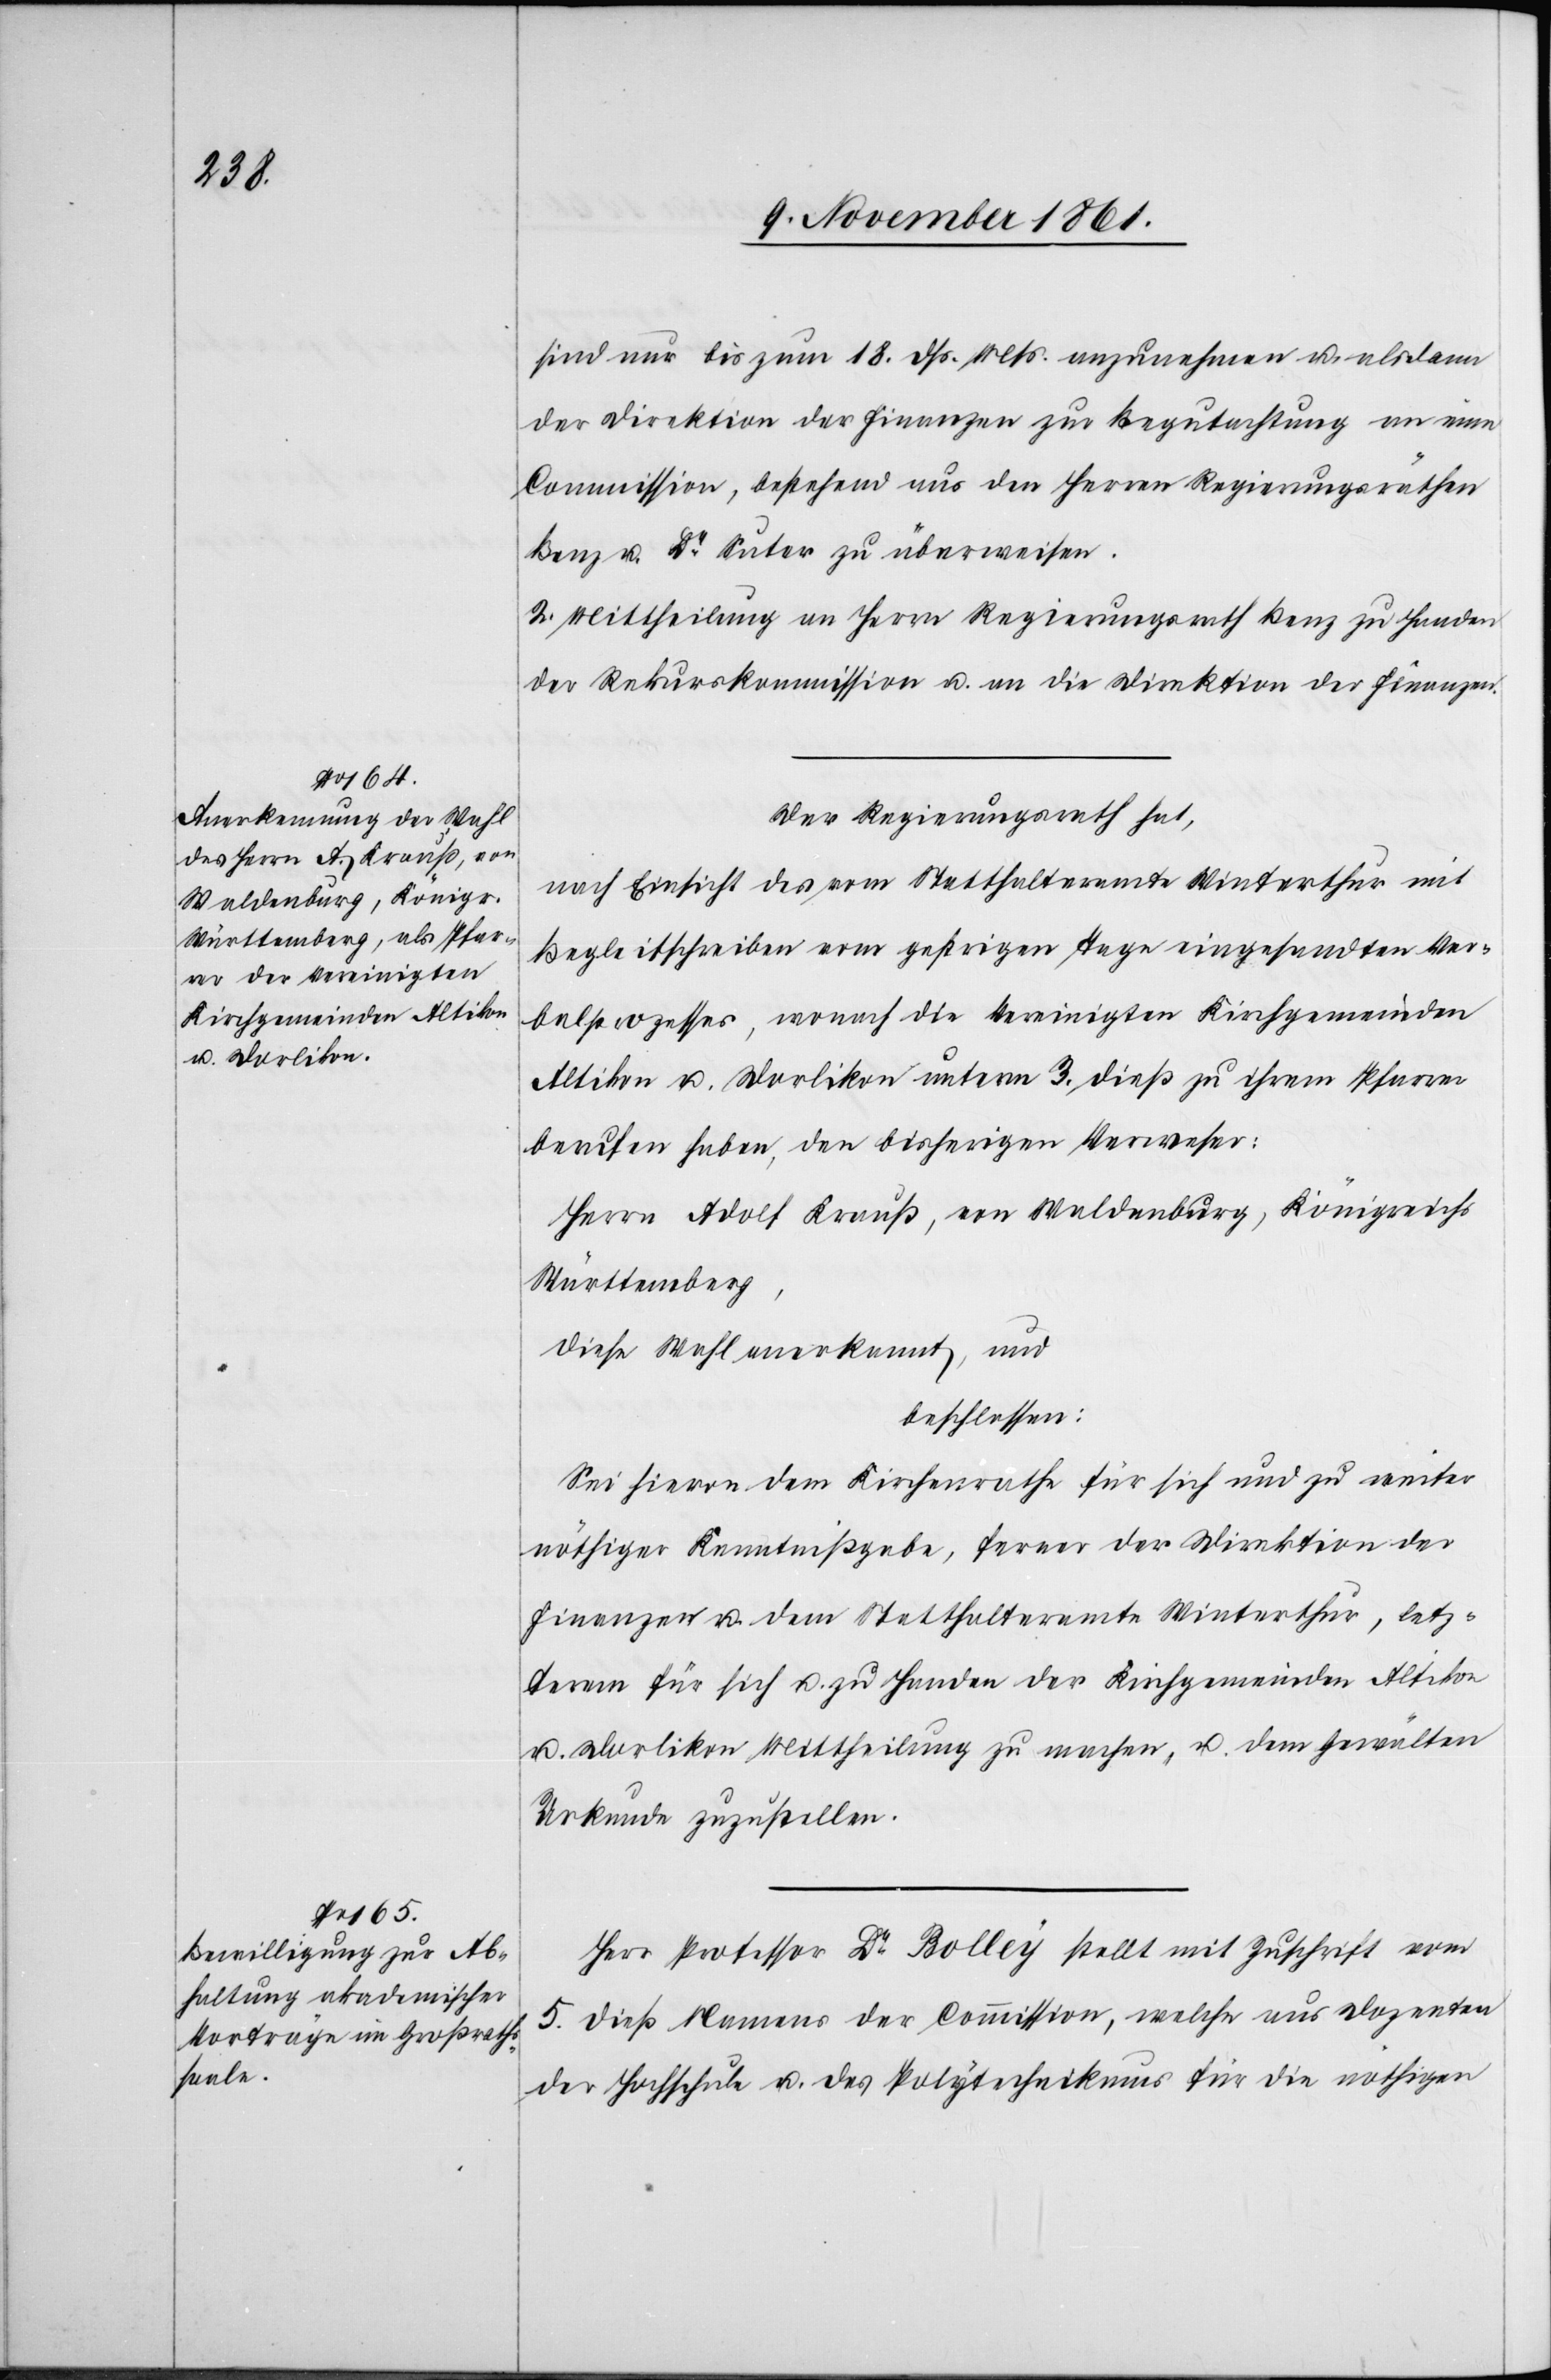
sind nur bis zum 18 dß. Mts. anzunehmen u. alsdann
der Direktion der Finanzen zu Begutachtung an eine
Commission, bestehend aus den Herren Regierungsräthen
Benz u. Dr Suter zu überweisen.
2. Mittheilung an Herrn Regierungsrath Benz zu Handen
der Regierungskommission u. an die Direktion der Finanzen.
Der Regierungsrath hat,
nach Einsicht des vom Statthalteramte Winterthur mit
Begleitschreiben vom gestrigen Tage eingesandten Ver¬
balprozesses, wonach die Vereinigten Kirchgemeinden
Altikon u. Dorlikon unterm 3 dieß zu ihrem Pfarrer
berufen haben, den bisherigen Verweser:
Herrn Adolf Krauß, von Waldenburg, Königsreich
Württenberg,
diese Wahl anerkannt, und
beschlossen:
sei hievon dem Kirchenrathe für sich und zu weiter
nöthiger Kenntnißgabe, ferner der Direktion der
Finanzen u. dem Statthalteramte Winterthur, letz¬
terem für sich u. zu Handen der Kirchgemeinde Altikon
u. Dorlikon Mittheilung zu machen, u. dem Gewä[h]lten
Urkunde zuzustellen.
Herr Professor Dr Bolley stellt mit Zuschrift vom
5 dieß Namens der Commission, welche aus Dozenten
der Hochschule u. des Polytechnikums für die nöthigen